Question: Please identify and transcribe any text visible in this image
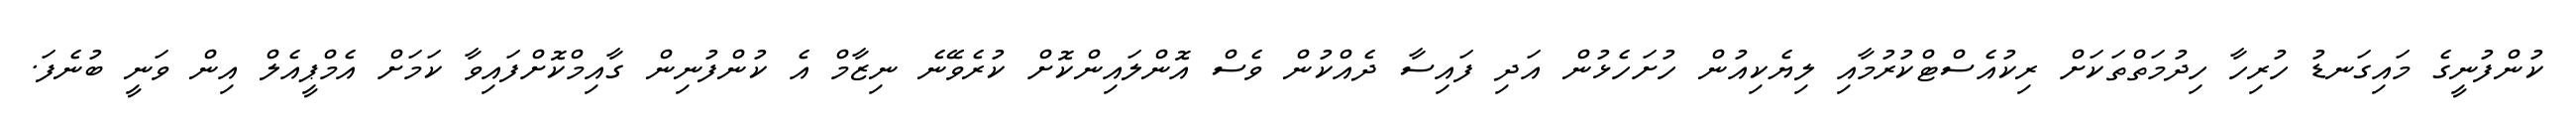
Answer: ކުންފުނީގެ މައިގަނޑު ހުރިހާ ހިދުމަތްތަކަށް ރިކުއެސްޓްކުރުމާއި ލިޔެކިއުން ހުށަހެޅުން އަދި ފައިސާ ދެއްކުން ވެސް އޮންލައިންކޮށް ކުރެވޭނެ ނިޒާމް އެ ކުންފުނިން ގާއިމްކޮށްފައިވާ ކަމަށް އެމްޕީއެލް އިން ވަނީ ބުނެފަ.